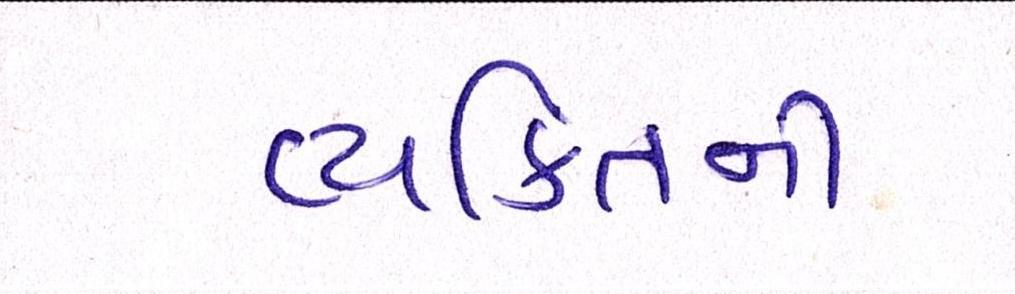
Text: વ્યકિતની